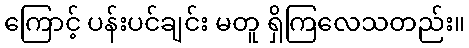
ကြောင့် ပန်းပင်ချင်း မတူ ရှိကြလေသတည်း။